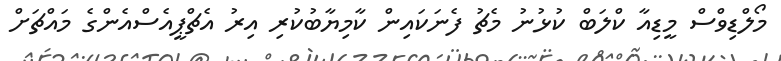
މޯލްޑިވްސް މީޑިއާ ކްލަބް ކުޅުނު މެޗު ފެނަކައިން ކާމިޔާބުކުރި އިރު އެޗްޕީއެސްއެންގެ މައްޗަށް